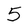
Character: 5